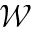
\mathcal { W }